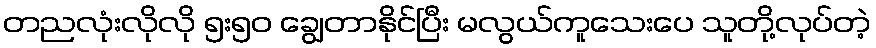
တညလုံးလိုလို ၅း၅၀ ချွေတာနိုင်ပြီး မလွယ်ကူသေးပေ သူတို့လုပ်တဲ့